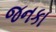
જનકા